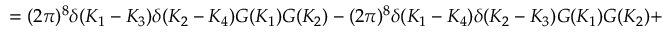
= ( 2 \pi ) ^ { 8 } \delta ( K _ { 1 } - K _ { 3 } ) \delta ( K _ { 2 } - K _ { 4 } ) G ( K _ { 1 } ) G ( K _ { 2 } ) - ( 2 \pi ) ^ { 8 } \delta ( K _ { 1 } - K _ { 4 } ) \delta ( K _ { 2 } - K _ { 3 } ) G ( K _ { 1 } ) G ( K _ { 2 } ) +